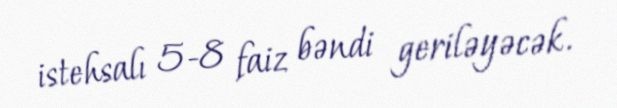
istehsalı 5-8 faiz bəndi geriləyəcək.